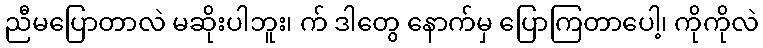
ညီမပြောတာလဲ မဆိုးပါဘူး၊ က် ဒါတွေ နောက်မှ ပြောကြတာပေါ့၊ ကိုကိုလဲ